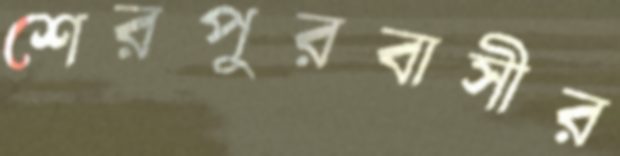
শেরপুরবাসীর